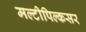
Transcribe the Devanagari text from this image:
मल्टीपिल्कसर